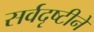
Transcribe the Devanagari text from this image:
सर्वदृष्टीने